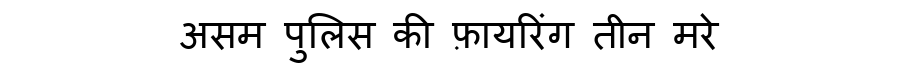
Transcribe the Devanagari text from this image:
असम पुलिस की फ़ायरिंग तीन मरे